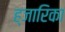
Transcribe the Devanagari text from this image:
ह्जारिका